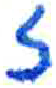
אות: ז